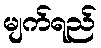
မျက်ရည်